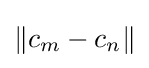
\left\|c_{m}-c_{n}\right\|